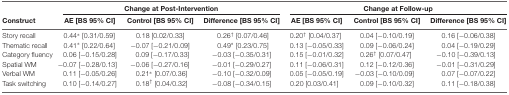
<table><thead><tr><td></td><td colspan="3"><b>Change at Post-Intervention</b></td><td colspan="3"><b>Change at Follow-up</b></td></tr><tr><td><b>Construct</b></td><td><b>AE [BS 95% CI]</b></td><td><b>Control [BS 95% CI]</b></td><td><b>Difference [BS 95% CI]</b></td><td><b>AE [BS 95% CI]</b></td><td><b>Control [BS 95% CI]</b></td><td><b>Difference [BS 95% CI]</b></td></tr></thead><tbody><tr><td>Story recall</td><td>0.44* [0.31/0.59]</td><td>0.18 [0.02/0.33]</td><td>0.26<sup>†</sup> [0.07/0.46]</td><td>0.20<sup>†</sup> [0.04/0.37]</td><td>0.04 [−0.10/0.19]</td><td>0.16 [−0.06/0.38]</td></tr><tr><td>Thematic recall</td><td>0.41* [0.22/0.64]</td><td>−0.07 [−0.21/0.09]</td><td>0.49* [0.23/0.75]</td><td>0.13 [−0.05/0.33]</td><td>0.09 [−0.06/0.24]</td><td>0.04 [−0.19/0.29]</td></tr><tr><td>Category fluency</td><td>0.06 [−0.15/0.28]</td><td>0.09 [−0.17/0.33]</td><td>−0.03 [−0.35/0.31]</td><td>0.15 [−0.01/0.32]</td><td>0.26<sup>†</sup> [0.07/0.47]</td><td>−0.10 [−0.39/0.13]</td></tr><tr><td>Spatial WM</td><td>−0.07 [−0.28/0.13]</td><td>−0.06 [−0.27/0.16]</td><td>−0.01 [−0.29/0.27]</td><td>0.11 [−0.06/0.31]</td><td>0.12 [−0.12/0.36]</td><td>−0.01 [−0.31/0.29]</td></tr><tr><td>Verbal WM</td><td>0.11 [−0.05/0.26]</td><td>0.21* [0.07/0.36]</td><td>−0.10 [−0.32/0.09]</td><td>0.05 [−0.05/0.19]</td><td>−0.03 [−0.10/0.09]</td><td>0.07 [−0.07/0.22]</td></tr><tr><td>Task switching</td><td>0.10 [−0.14/0.27]</td><td>0.18<sup>†</sup> [0.04/0.32]</td><td>−0.08 [−0.34/0.15]</td><td>0.20 [0.03/0.41]</td><td>0.09 [−0.10/0.32]</td><td>0.11 [−0.18/0.38]</td></tr></tbody></table>